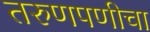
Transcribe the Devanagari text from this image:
तरुणपणीचा